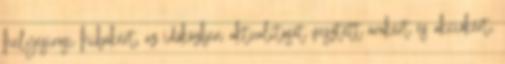
helyesírási hibákért, az időközben aktualitását vesztett árakért és akciókért,